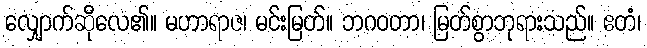
လျှောက်ဆိုလေ၏။ မဟာရာဇ၊ မင်းမြတ်။ ဘဂဝတာ၊ မြတ်စွာဘုရားသည်။ ဧတံ၊